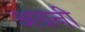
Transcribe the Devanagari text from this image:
अग्रनी